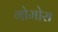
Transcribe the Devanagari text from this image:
गोमोरा